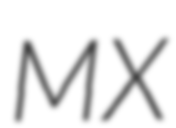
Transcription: MX